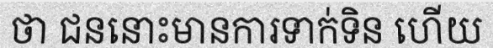
ថា ជននោះមានការទាក់ទិន ហើយ